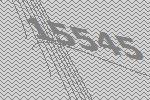
15545